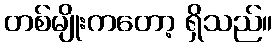
တစ်မျိုးကတော့ ရှိသည်။